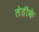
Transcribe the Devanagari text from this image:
लेडीके